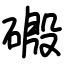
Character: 磤